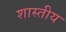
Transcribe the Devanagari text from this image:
शास्तीय